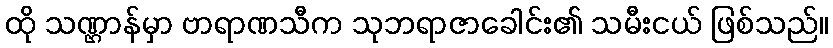
ထို သဏ္ဌာန်မှာ ဗာရာဏသီက သုဘရာဇာခေါင်း၏ သမီးငယ် ဖြစ်သည်။